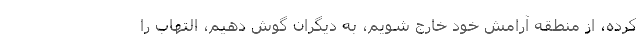
کرده، از منطقه آرامش خود خارج شویم، به دیگران گوش دهیم، التهاب را